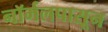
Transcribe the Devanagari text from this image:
नॉर्मलपासून